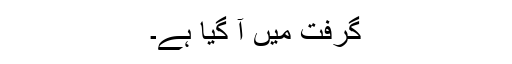
گرفت میں آ گیا ہے۔